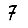
Digit: 7